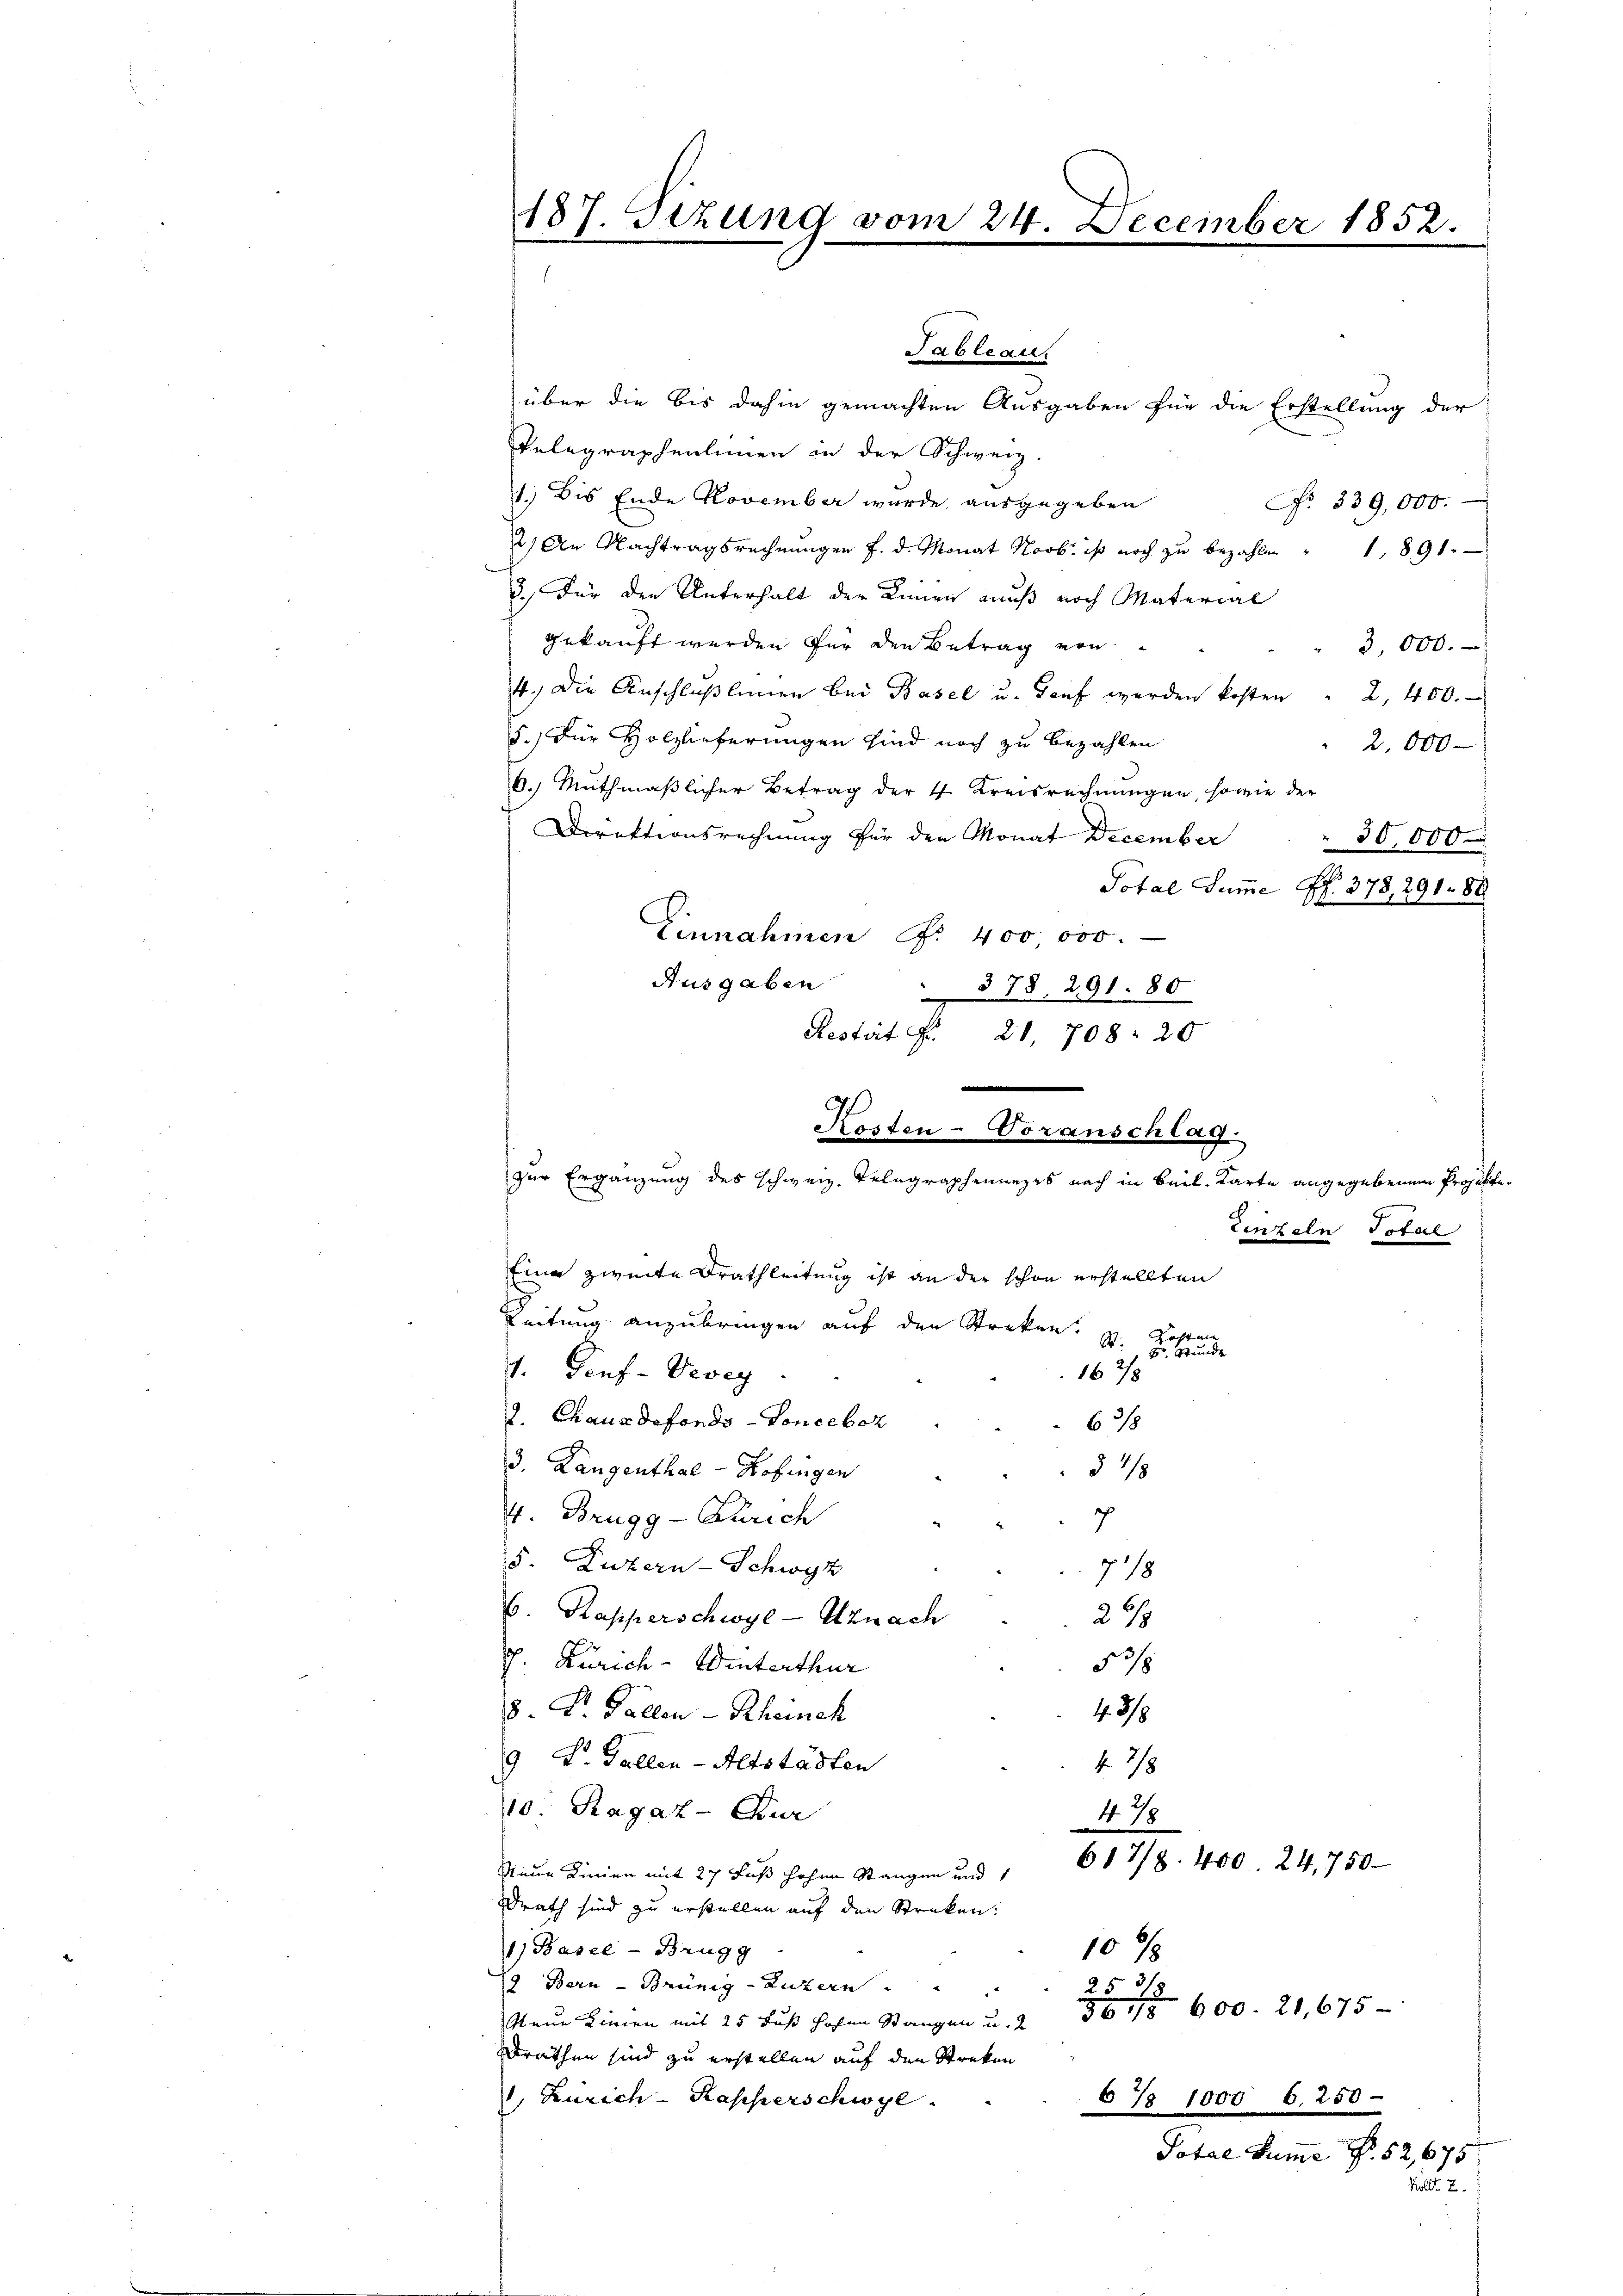
187. Sizung vom 24. December 1852.

Kosten-Voranschlag.
zur Ergänzung des schweiz. Telegraphennezes nach in Beil. Karte angegebenen Projekti¬
Einzeln Total

Tableau.
über die bis dahin gemachten Ausgaben für die Erstellung der
Telegraphenlinien an der Schweiz.
1.) Bis Ende November wurde ausgegeben
No. 339,000.
2) An Nachtragsrechnungen f. d. Monat Novbr. ist noch zu bezahlen " 1891.
3.) Für den Unterhalt der Linien muß noch Material
gekauft werden für den Betrag von
3,000.
4.) Die Anschlußlingen bei Basel u. Tauf werden kosten " 2, 400.
5.) Für Holzlieferungen sind noch zu bezahlen
2,000
6. Muthmaßlicher Betrag der 4 Kreisrechnungen, sowie der
Direktionsrechnung für den Monat December
30,000
Potal Sum̅e P. 378, 291. 188
Einnahmen No. 400 000.-
Ausgaben
378. 291. 80
Restirt Fr. 21. 708: 20

Eine zweite Grathleitung ist an der schon erstellten
s
Leitung anzubringen auf den Streken. I. Kosten
1. Genf-Vevey
2. Chaus defonds -Vonceboz
63/8
3. Langenthal - Hofingen
34/8
4. Brugg - Zürich
7
5. Luzern-Schwyz
718
6. Kapperschwyl - Uznach
279
N 18
J. Zürich - Winterthur
4 3/8
8. Dr. Fallen - Rheinch
9 L. Gallen-Altstädten
f 28
10. Ragaz - Zur
478
617/8. 400. 24,750
Sinde Linien mit 27 Fuß hohen Stangen und
Drath sind zu erstellen auf den Streken:
1) Basel-Brugg
10%
2 Bern - Brünig-Luzern
18
25
36, 15600. 21,675-
Steue Zimmen mit 25 Fuß hohen Stangen u.
Bräthen sind zu erstellen auf den Streken
1, Zürich-Kasserschwye.
67 1000 b. 250 -
Potae Sume Nr. 52,675

8 Stunde
1678

Kull. 2.